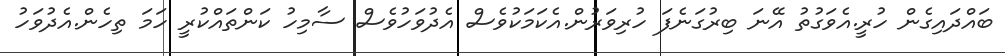
ބައްދައިގެން ހުރީ.އެވަގުތު އޭނަ ބިރުގަނެފަ ހުރިވަރުން.އެކަމަކުވެސް އެދުވަހުވެސް ސާމިހު ކަންތައްކުރީ ހަމަ ތިހެން.އެދުވަހު